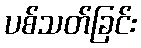
ပစ်သတ်ခြင်း